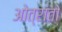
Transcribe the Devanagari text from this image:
ओत्रांतो